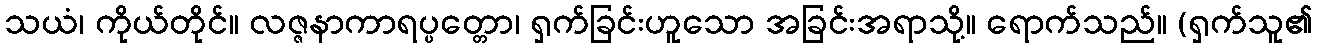
သယံ၊ ကိုယ်တိုင်။ လဇ္ဇနာကာရပ္ပတ္တော၊ ရှက်ခြင်းဟူသော အခြင်းအရာသို့။ ရောက်သည်။ (ရှက်သူ၏